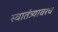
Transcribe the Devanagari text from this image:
स्वातंत्र्यावरच